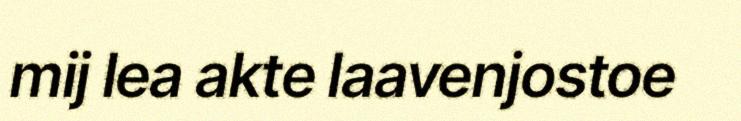
mij lea akte laavenjostoe